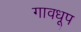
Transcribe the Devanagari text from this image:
गावधूप